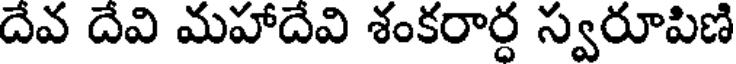
దేవ దేవి మహాదేవి శంకరార్ధ స్వరూపిణి